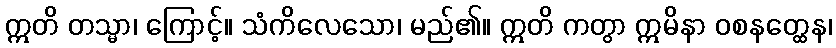
ဣတိ တသ္မာ၊ ကြောင့်။ သံကိလေသော၊ မည်၏။ ဣတိ ကတွာ ဣမိနာ ဝစနတ္ထေန၊